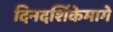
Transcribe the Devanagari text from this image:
दिनदर्शिकेमागे